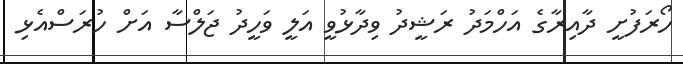
ހޯރަފުށީ ދާއިރާގެ އަހްމަދު ރަޝީދު ވިދާޅުވީ އަލީ ވަހީދު ޖަލްސާ އަށް ހުރަސްއެޅި